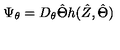
\Psi _ { \theta } = D _ { \theta } \hat { \Theta } h ( \hat { Z } , \hat { \Theta } )